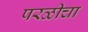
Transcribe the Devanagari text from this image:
परळीचा